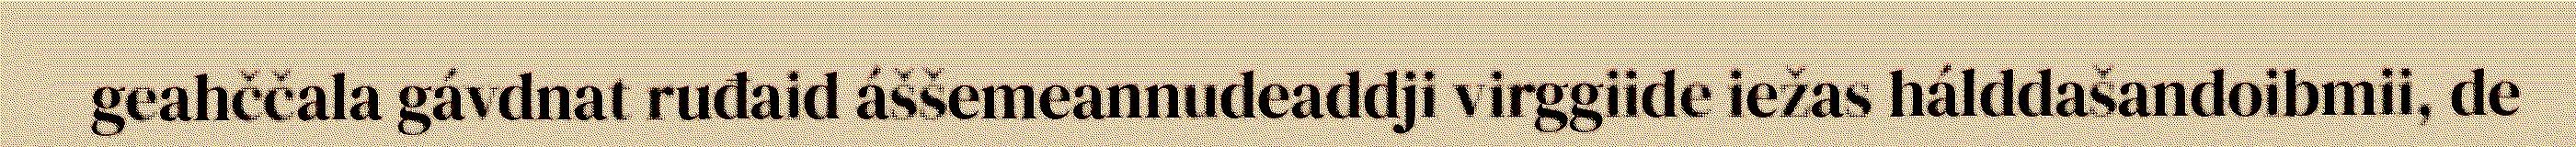
geahččala gávdnat ruđaid áššemeannudeaddji virggiide iežas hálddašandoibmii, de